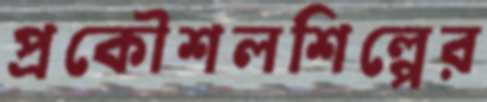
প্রকৌশলশিল্পের